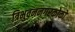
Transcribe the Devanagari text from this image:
त्रिभुवननगरकोको